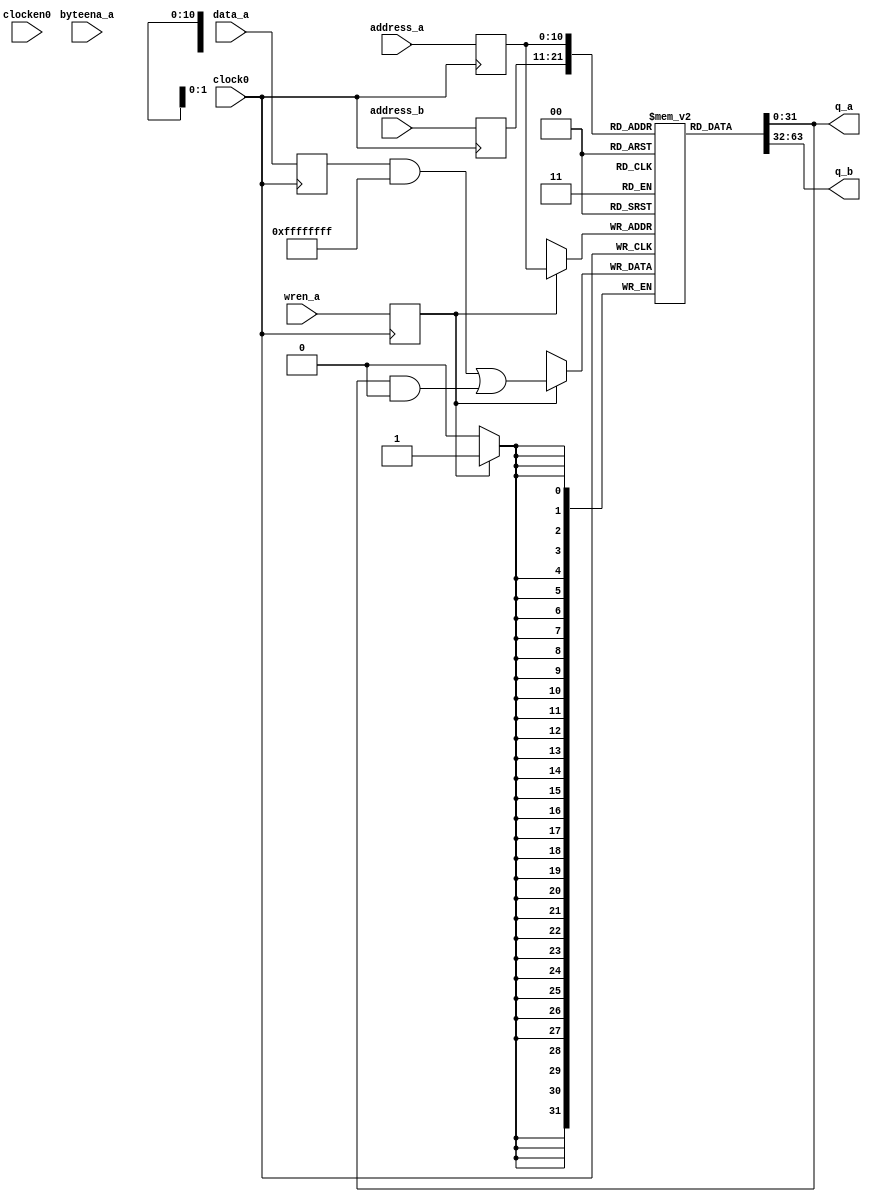
module altsyncram(clocken0,
                  wren_a,
                  clock0,
                  byteena_a,
                  address_a,
                  address_b,
                  data_a,
                  q_a,
                  q_b);

   parameter             intended_device_family = "Cyclone";
   parameter             width_a = 32;
   parameter             width_b = 32;
   parameter             widthad_a = 11;
   parameter             widthad_b = 11;
   parameter             numwords_a = 2048;
   parameter             numwords_b = 2048;
   parameter             operation_mode = "SINGLE_PORT";
   parameter             outdata_reg_a = "UNREGISTERED";
   parameter             indata_aclr_a = "NONE";
   parameter             wrcontrol_aclr_a = "NONE";
   parameter             address_aclr_a = "NONE";
   parameter             outdata_aclr_a = "NONE";
   parameter             width_byteena_a = 4;
   parameter             byte_size = 0;
   parameter             byteena_aclr_a = "NONE";
   parameter             ram_block_type = "AUTO";
   parameter             init_file = "dcache.mif";
   parameter             lpm_type = "altsyncram";

   // Dummys
   parameter             address_aclr_b = "NONE";
   parameter             address_reg_b = "CLOCK0";
   parameter             outdata_aclr_b = "NONE";
   parameter             outdata_reg_b = "UNREGISTERED";
   parameter             read_during_write_mode_mixed_ports = "DONT_CARE";

   parameter             debug = 0;

   input  wire                       clocken0;
   input  wire                       wren_a;
   input  wire                       clock0;
   input  wire [width_byteena_a-1:0] byteena_a;
   input  wire [widthad_a-1:0]       address_a;
   input  wire [widthad_b-1:0]       address_b;
   input  wire [width_a-1:0]         data_a;
   output wire [width_a-1:0]         q_a;
   output wire [width_b-1:0]         q_b;

   reg [width_a-1:0]          ram[numwords_a-1:0];

   reg [widthad_a-1:0]        addr_a_delayed;
   reg [width_a-1:0]          data_a_delayed;
   reg                        wren_a_delayed;
   reg [3:0]                  byteena_a_delayed;

   reg [widthad_b-1:0]        addr_b_delayed;
   reg [width_b-1:0]          data_b_delayed;
   reg                        wren_b_delayed;
   reg [3:0]                  byteena_b_delayed;

   wire [width_a-1:0] wr_mask =
                      byte_size
                      ? {{8{byteena_a_delayed[3]}},
                         {8{byteena_a_delayed[2]}},
                         {8{byteena_a_delayed[1]}},
                         {8{byteena_a_delayed[0]}}}
                      : ~0;

   always @(posedge clock0) begin
     if (clocken0 | byte_size == 0) begin
        data_a_delayed    <= data_a;
        addr_a_delayed    <= address_a;
        addr_b_delayed    <= address_b;
        wren_a_delayed    <= wren_a;
        byteena_a_delayed <= byteena_a;

        if (debug && operation_mode == "DUAL_PORT") begin
           $display("%5d altsyncram a: (%x) ram[%x] = %x", $time, address_a, addr_a_delayed, q_a);
           $display("%5d altsyncram b: (%x) ram[%x] = %x", $time, address_b, addr_b_delayed, q_b);

           if (wren_a_delayed)
             $display("%5d altsyncram ram[%x] <= %x",
                      $time, addr_a_delayed,
                      data_a_delayed & wr_mask |
                      ram[addr_a_delayed] & ~wr_mask);
        end

        // XXX 2005-06-20: As far as I can tell all this shouldn't
        // have used delayed signals!
        if (wren_a_delayed) begin

           ram[addr_a_delayed] <=
                 data_a_delayed & wr_mask | ram[addr_a_delayed] & ~wr_mask;
        end
     end
   end

   assign q_a = ram[addr_a_delayed];
   assign q_b = ram[addr_b_delayed];
endmodule